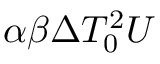
\alpha \beta \Delta T _ { 0 } ^ { 2 } U